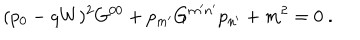
LaTeX: ( p _ { 0 } - q W ) ^ { 2 } G ^ { 0 0 } + p _ { m ^ { \prime } } G ^ { m ^ { \prime } n ^ { \prime } } p _ { n ^ { \prime } } + m ^ { 2 } = 0 \ .